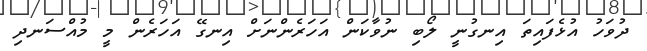
ދުވަހު އުޅެފައިތަ އިނގުނީ ލޯބި ނުވާކަން އަހަރެންނަށް އިނގޭ އަހަރެން މީ މުއްސަނދި